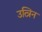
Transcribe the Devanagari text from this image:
उत्त्रिन